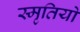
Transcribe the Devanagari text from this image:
स्मृतियो